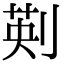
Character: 𠝟